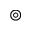
\circledcirc